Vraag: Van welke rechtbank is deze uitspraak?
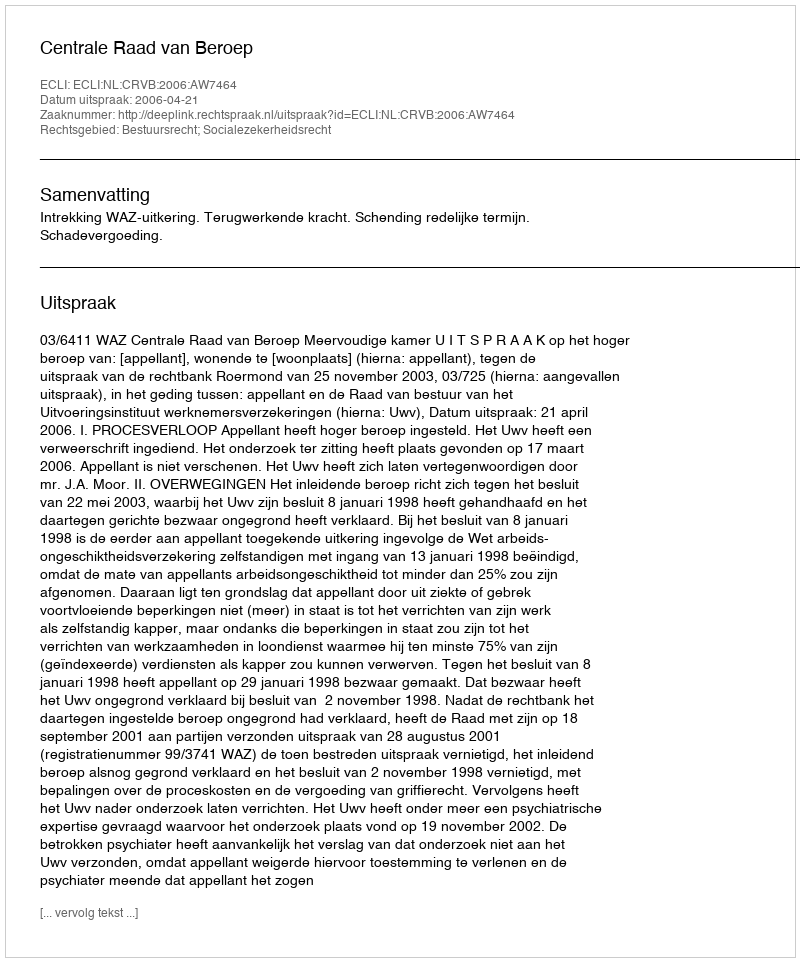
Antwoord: Centrale Raad van Beroep